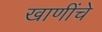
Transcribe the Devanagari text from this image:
खाणींचे